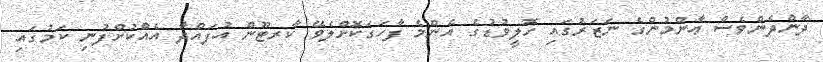
ދާންދެންވެސް ޢާންމުންގެ ނަޒަރުގައި ހޮލީވުޑުގެ އެންމެ ފާހަގަކޮށްލެވޭ ކާރޓޫން އުފައްދާ އެއްކުށްފުނި ކަމުގައި